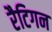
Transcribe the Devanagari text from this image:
रैटिगन